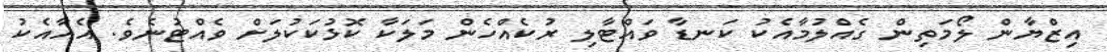
އިޒްޔާން ލޯމަތިން ގެއްލުމާއެކު ކަނޑާ ވައްޓާލި ރުކެއްހެން މަލަކާ ކޮޅުކަކުލަށް ވެއްޓުނެވެ. އެއާއެކު